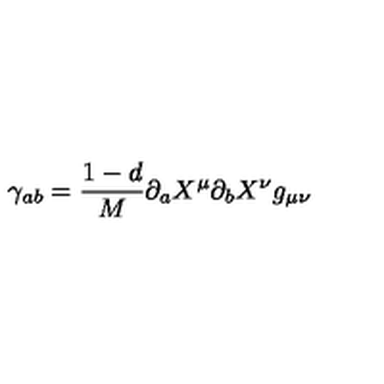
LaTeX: \gamma _ { a b } = \frac { 1 - d } { M } \partial _ { a } X ^ { \mu } \partial _ { b } X ^ { \nu } g _ { \mu \nu }